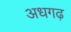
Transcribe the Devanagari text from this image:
अधगढ़